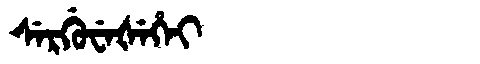
Manchu: ᠰᡝᡵᡤᡠᠸᡝᡧᡝᡥᡝᡳ
Romanization: SERGUWEŠEHEI